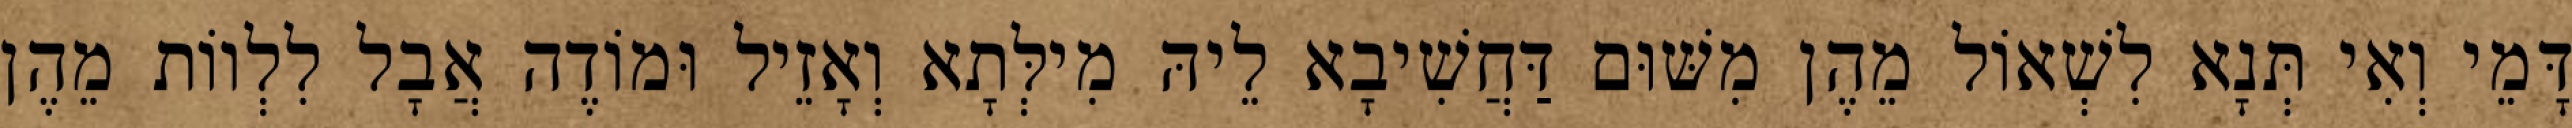
דָּמֵי וְאִי תְּנָא לִשְׁאוֹל מֵהֶן מִשּׁוּם דַּחֲשִׁיבָא לֵיהּ מִילְּתָא וְאָזֵיל וּמוֹדֶה אֲבָל לִלְווֹת מֵהֶן